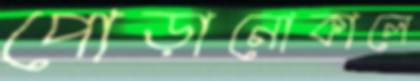
পোড়ানোকালে